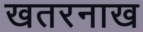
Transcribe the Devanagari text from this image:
खतरनाख